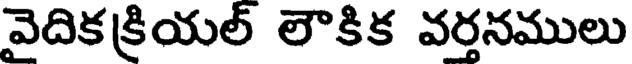
వెదికక్రియల్ లౌకిక వర్తనములు